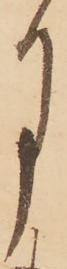
月